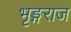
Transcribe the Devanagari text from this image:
भृङ्गराज